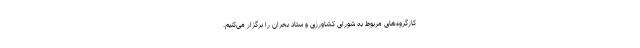
کارگروه‌های مربوط به شورای کشاورزی و ستاد بحران را برگزار می‌کنیم.